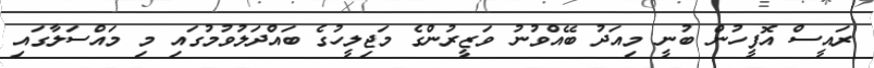
ރައީސް އޮފީހުން ބުނީ މިއަދު ބޭއްވުނު ވަޒީރުންގެ މަޖިލީހުގެ ބައްދަލުވުމުގައި މި މައްސަލާގައި